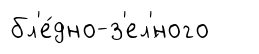
бл'е́дно-з'ел'́ного